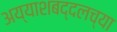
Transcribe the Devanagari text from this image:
अय्याशबद्दलच्या